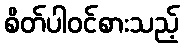
စိတ်ပါဝင်စားသည့်